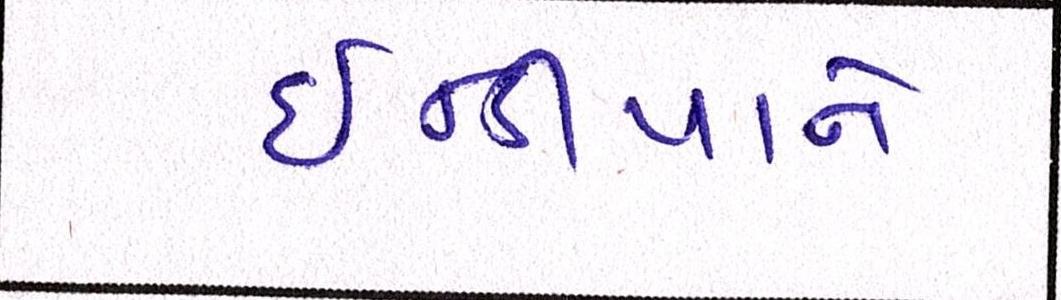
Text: ઈન્ડીયાને